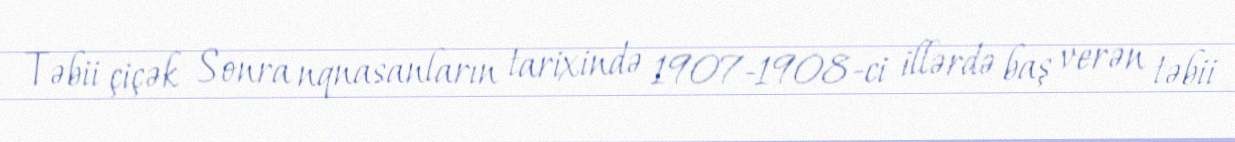
Təbii çiçək Sonra nqnasanların tarixində 1907-1908-ci illərdə baş verən təbii